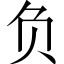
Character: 负